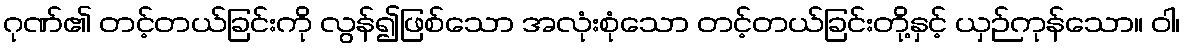
ဂုဏ်၏ တင့်တယ်ခြင်းကို လွန်၍ဖြစ်သော အလုံးစုံသော တင့်တယ်ခြင်းတို့နှင့် ယှဉ်ကုန်သော။ ဝါ၊